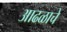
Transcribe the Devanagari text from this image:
आढळाचे